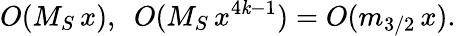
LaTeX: O(M_{S}\, x),\ \ O(M_{S}\, x^{4\mathit{k}-1})=O(m_{3/2}\, x).